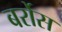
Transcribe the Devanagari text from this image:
बर्रोस